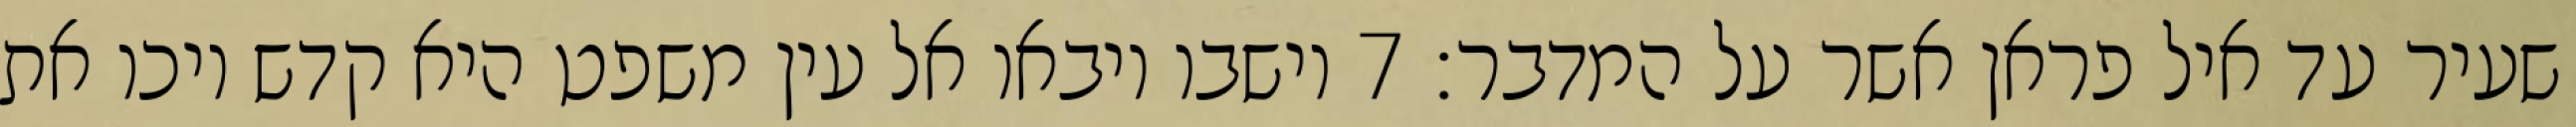
שעיר עד איל פראן אשר על המדבר׃ ‎7‏ וישבו ויבאו אל עין משפט היא קדש ויכו את